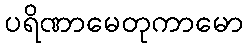
ပရိဏာမေတုကာမော